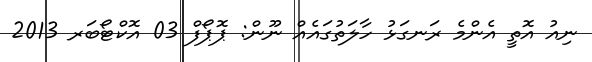
ނިއު އޮތީ އެންމެ ރަނގަޅު ހާލަތުގައެއް ނޫން: ޕޮޕޯފް 03 އޮކްޓޯބަރ 2013